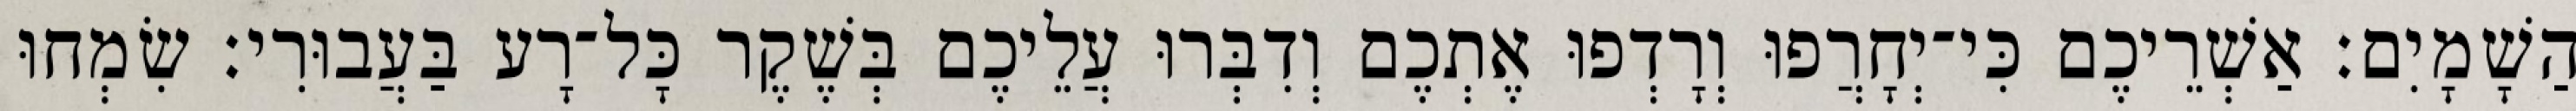
הַשָׁמָיִם׃ אַשְׁרֵיכֶם כִּי־יְחָרֲפוּ וְרָדְפוּ אֶתְכֶם וְדִבְּרוּ עֲלֵיכֶם בְּשֶׁקֶר כָּל־רָע בַּעֲבוּרִי׃ שִׂמְחוּ